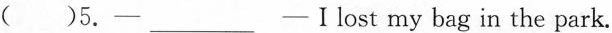
( )5.-___-Ⅰlost my bag in the park.